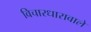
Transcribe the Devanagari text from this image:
विचारधारावाले